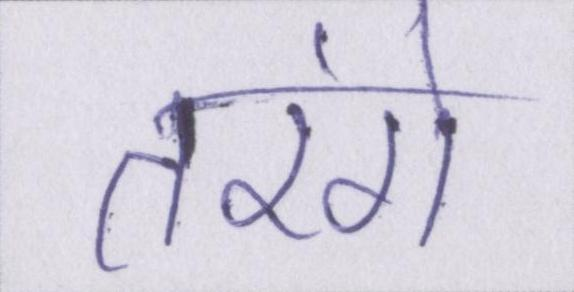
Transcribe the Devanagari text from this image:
तरंगे